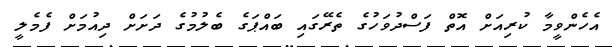
އެހެންވީމާ ކުރިއަށް އޮތް ފަސްދުވަހުގެ ތެރޭގައި ބައްޕަގެ ބެލުމުގެ ދަށަށް ދިއުމަށް ފެމެލީ